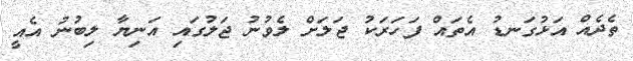
ތެދެއް އަޅުގަނޑު އެތައް ފަހަރަކު ޖަލަށް ލެވުނު ޖަލުގައި އަނިޔާ ލިބުނު އެއީ